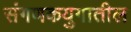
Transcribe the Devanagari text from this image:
संगणकयुगातील